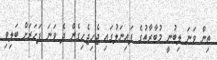
ތިން ވަނަ ލިބުނީ މުބާރާތުގެ ފައިނަލުގައި ޖެހިޖެހިގެން ދެ ވަނަ ފަހަރަށް ބަލިވި